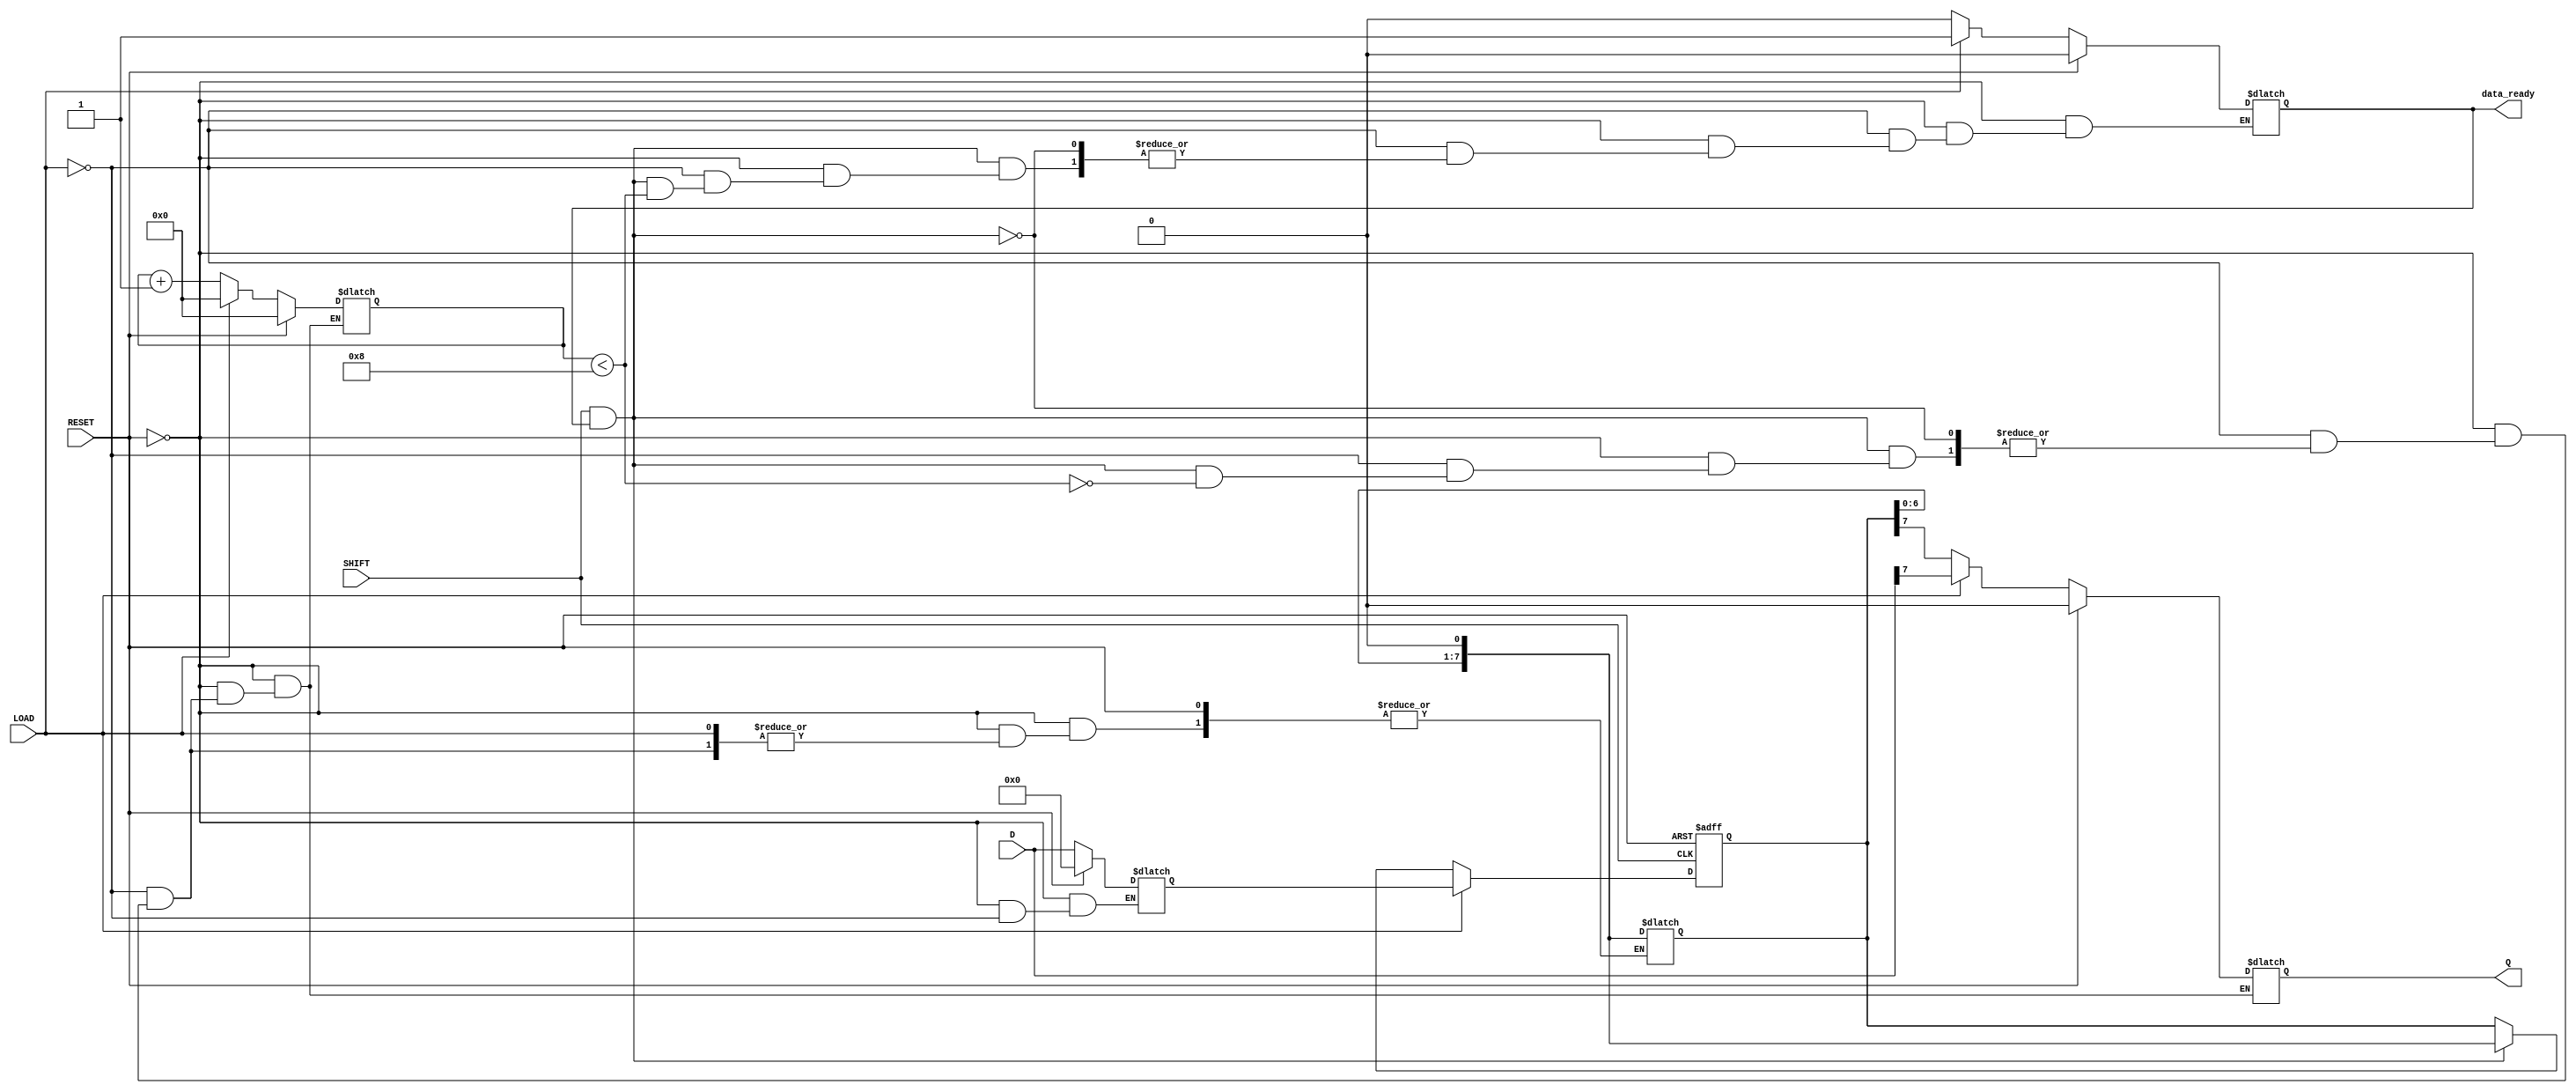
module PISO_Register #(
    parameter N = 8  // Parameter defining the width of the register
)(
    input  wire [N-1:0] D,       // Parallel data inputs
    input  wire LOAD,             // Load signal
    input  wire SHIFT,            // Shift signal
    input  wire RESET,            // Asynchronous reset signal
    output reg  Q,                // Serial output
    output reg  data_ready        // Data ready indicator (optional)
);

    reg [N-1:0] storage;          // Storage register for capturing parallel data
    reg [N-1:0] shift_reg;        // Shift register for serial output
    reg [3:0] count;              // Counter for shifting out bits

    // Asynchronous reset and loading
    always @* begin
        if (RESET) begin
            storage = {N{1'b0}};   // Clear the storage register
            data_ready = 1'b0;    // Clear data ready flag
            count = 0;            // Reset the counter
            Q = 1'b0;             // Output Q is also reset
        end else if (LOAD) begin
            storage = D;           // Load parallel data into storage
            data_ready = 1'b1;    // Set data ready flag
            count = 0;            // Reset the counter for shifting
            Q = storage[N-1];     // Initialize Q to the first bit to shift out
        end else if (SHIFT && data_ready) begin
            if (count < N) begin
                Q = shift_reg[N-1]; // Shift out the MSB to Q
                shift_reg = {shift_reg[N-2:0], 1'b0}; // Shift left
                count = count + 1; // Increment the counter
            end else begin
                data_ready = 1'b0;  // Clear data ready when all bits are shifted
            end
        end else begin
            // Maintain the current state
            Q = Q;                // Hold the output state
        end
    end

    // Register the shift register with synchronous control
    always @(posedge SHIFT or posedge RESET) begin
        if (RESET) begin
            shift_reg <= {N{1'b0}}; // Clear the shift register
        end else if (LOAD) begin
            shift_reg <= storage;    // Load the parallel data into the shift register
        end else if (SHIFT && data_ready) begin
            shift_reg <= {shift_reg[N-2:0], 1'b0}; // Shift left by one
        end
    end

endmodule